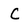
Character: C